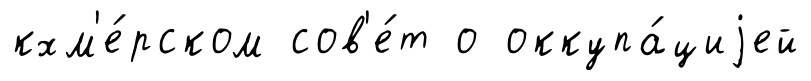
кхм'е́рском сов'е́т о оккупа́циjей